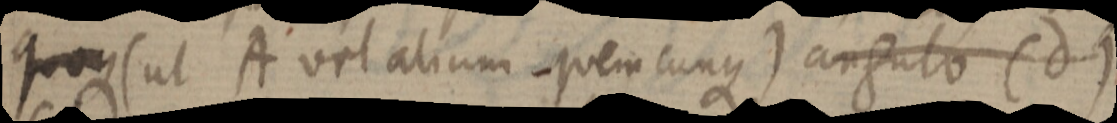
quoque (ut A vel alium quemcunque) angulo (d)